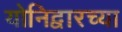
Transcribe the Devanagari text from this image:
योनिद्वारच्या